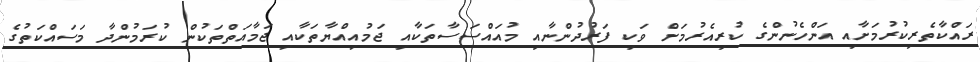
ރައްކާތެރިކުރުމަށާއި އަންހެނުންގެ ކުރިއެރުމަށް ވަކި ފަރުދުންނާއި މުއައްސަސާތަކާއި ޖަމުއިއްޔާތަކާއި ޖަމާއަތްތަކުން ކުރަމުންދާ މަސައްކަތުގެ